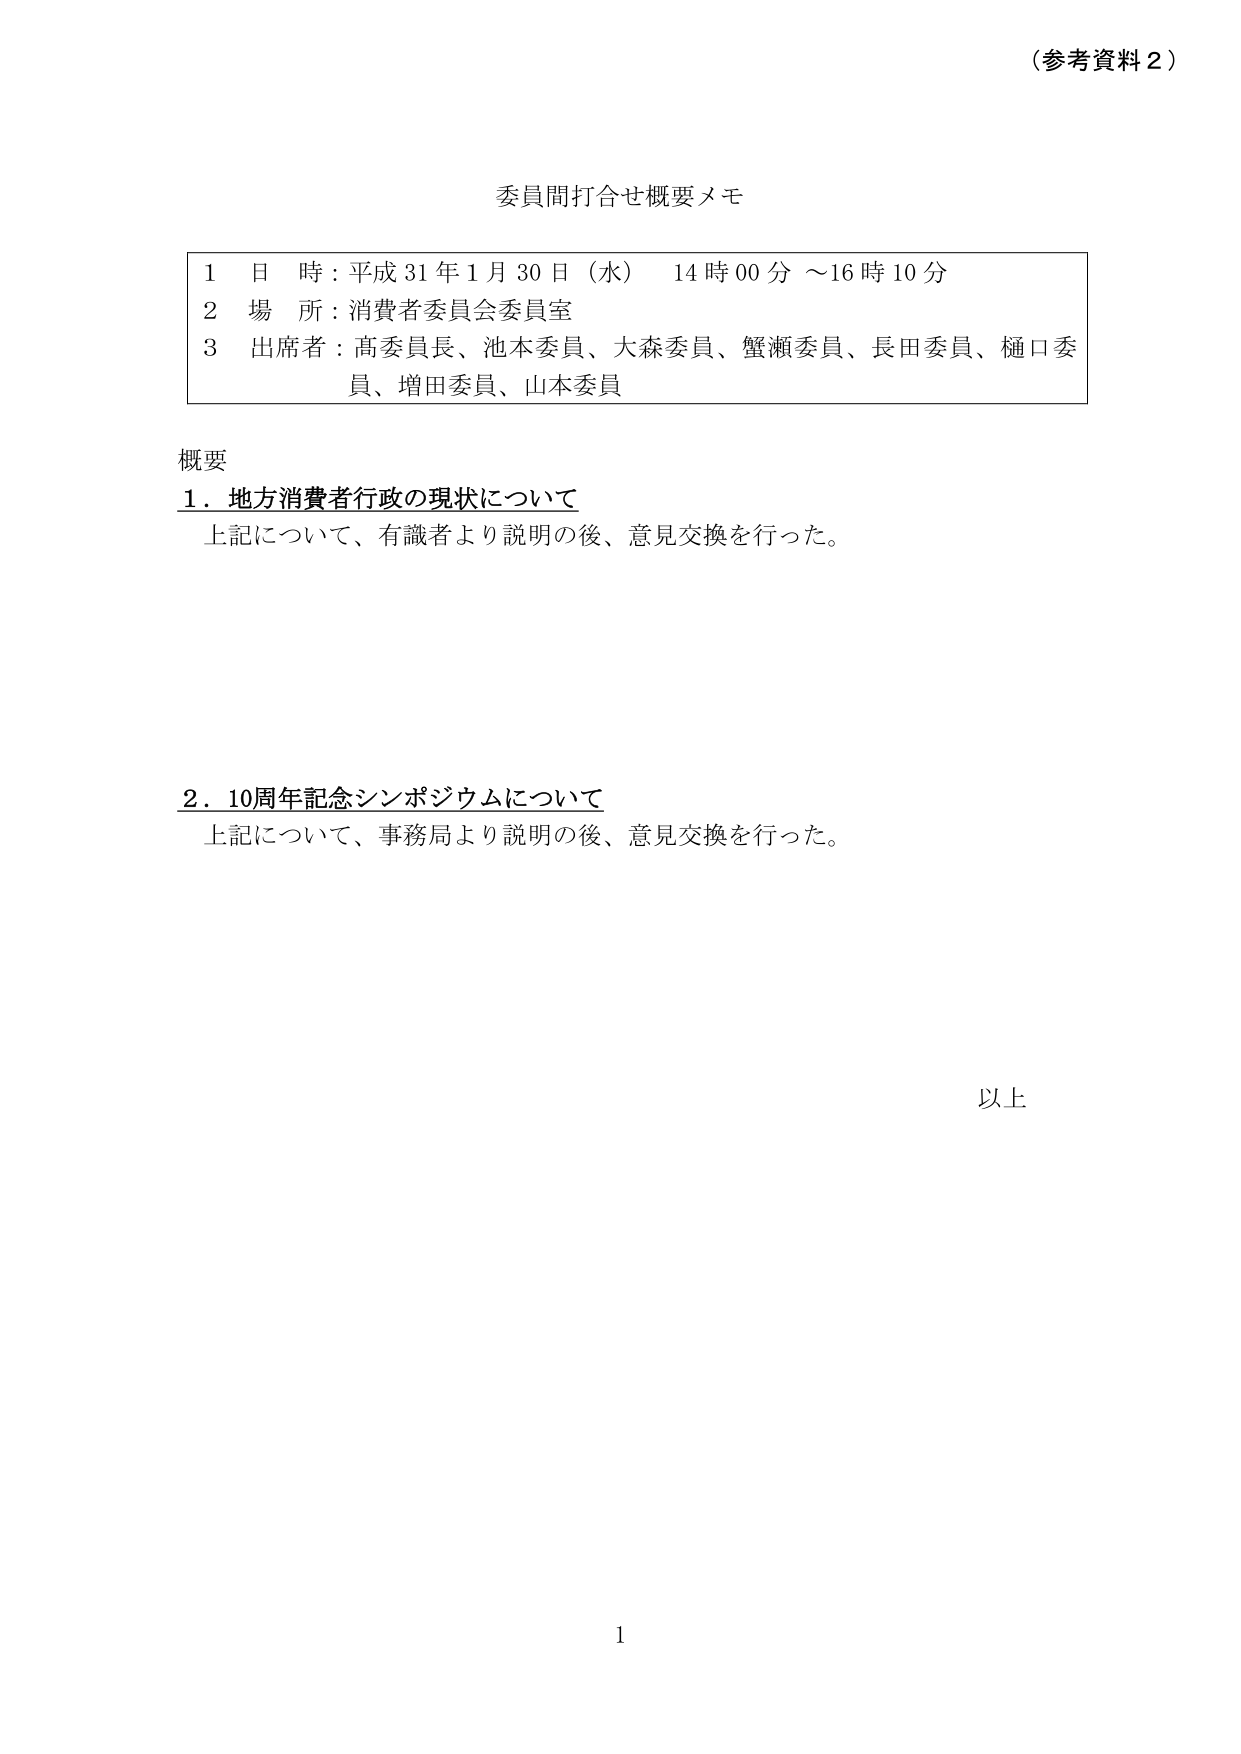
（参考資料２）

委員間打合せ概要メモ

1 日 時：平成31年1月30日（水） 14時00分～16時10分
2 場 所：消費者委員会委員室
3 出席者：高委員長、池本委員、大森委員、蟹瀬委員、長田委員、樋口委員、増田委員、山本委員

概要
1．地方消費者行政の現状について
　上記について、有識者より説明の後、意見交換を行った。

2．10周年記念シンポジウムについて
　上記について、事務局より説明の後、意見交換を行った。

以上

1